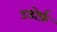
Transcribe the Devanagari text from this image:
उडोर्फ़